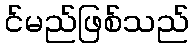
င်မည်ဖြစ်သည်